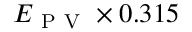
E _ { \mathrm { ~ P ~ V ~ } } \times 0 . 3 1 5